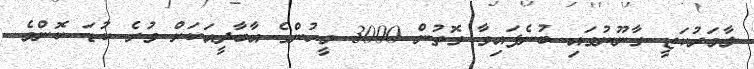
ލާމަރުކަޒީ ގާނޫނުގައި ބުނެފައިވާ ގޮތުން 3000 މީހުންގެ އާބާދީއަކަށް ވުރެ ކުޑަ ކޮންމެ